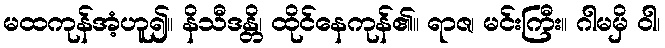
မထကုန်အံ့ဟူ၍။ နိသီဒန္တိ၊ ထိုင်နေကုန်၏။ ရာဇ၊ မင်းကြီး။ ဂါမမှိ ဝါ၊